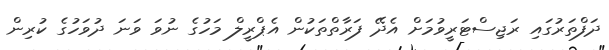
ދަފްތަރުގައި ރަޖިސްޓަރީވުމަށް އެދޭ ފަރާތްތަކުން އެޕްރީލް މަހުގެ ނުވަ ވަނަ ދުވަހުގެ ކުރިން